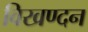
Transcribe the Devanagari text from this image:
विखण्दन